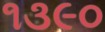
૧૩૯૦